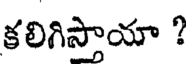
కలిగిస్తాయా ?